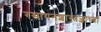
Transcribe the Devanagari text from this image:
रसायनशास्त्रज्ञाच्या